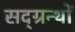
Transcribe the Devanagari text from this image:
सद्ग्रन्थों